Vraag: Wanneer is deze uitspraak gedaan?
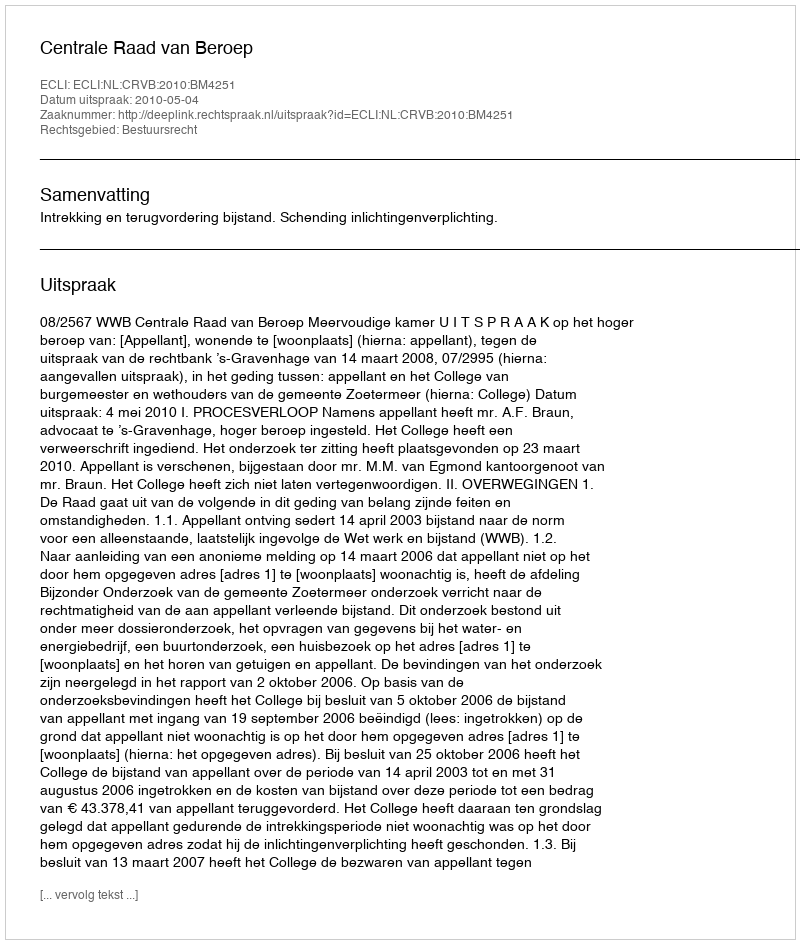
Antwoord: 2010-05-04